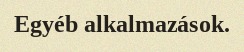
Egyéb alkalmazások.